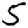
Digit: 5